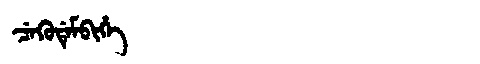
Manchu: ᠴᡝᡴᡠᡩᡝᠮᠪᡳᡥᡝ
Romanization: CEKUDEMBIHE